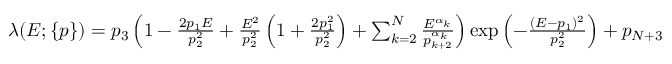
\begin{array} { r l } & { \lambda ( E ; \{ p \} ) = p _ { 3 } \left( 1 - \frac { 2 p _ { 1 } E } { p _ { 2 } ^ { 2 } } + \frac { E ^ { 2 } } { p _ { 2 } ^ { 2 } } \left( 1 + \frac { 2 p _ { 1 } ^ { 2 } } { p _ { 2 } ^ { 2 } } \right) + \sum _ { k = 2 } ^ { N } \frac { E ^ { \alpha _ { k } } } { p _ { k + 2 } ^ { \alpha _ { k } } } \right) \exp \left( - \frac { ( E - p _ { 1 } ) ^ { 2 } } { p _ { 2 } ^ { 2 } } \right) + p _ { N + 3 } } \end{array}